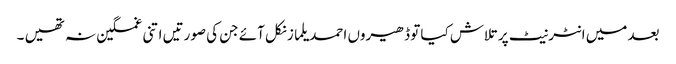
بعد میں انٹرنیٹ پر تلاش کیا تو ڈھیروں احمد یلماز نکل آئے جن کی صورتیں اتنی غمگین نہ تھیں ۔